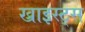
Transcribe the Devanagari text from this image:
ख्राइस्ट्स